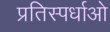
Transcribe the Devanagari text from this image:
प्रतिस्पर्धाओ